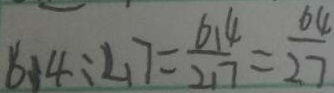
6 1 4 : 2 1 7 = \frac { 6 1 4 } { 2 1 7 } = \frac { 6 4 } { 2 7 }